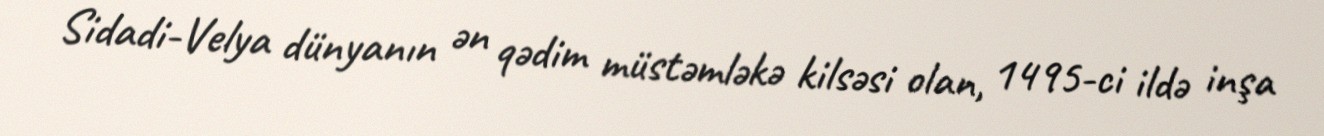
Sidadi-Velya dünyanın ən qədim müstəmləkə kilsəsi olan, 1495-ci ildə inşa